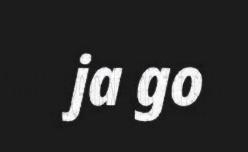
ja go